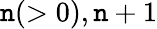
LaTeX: \mathtt{n}(>0),\mathtt{n}+1